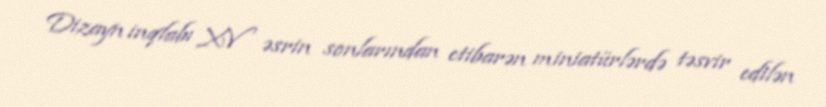
Dizayn inqlabı XV əsrin sonlarından etibarən miniatürlərdə təsvir edilən